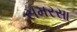
સમરસા